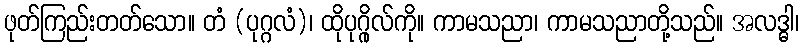
ဖုတ်ကြည်းတတ်သော။ တံ (ပုဂ္ဂလံ)၊ ထိုပုဂ္ဂိုလ်ကို။ ကာမသညာ၊ ကာမသညာတို့သည်။ အလဒ္ဓါ၊